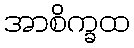
အာစိက္ခထ